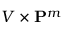
V \times \mathbf { P } ^ { m }